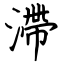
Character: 滯